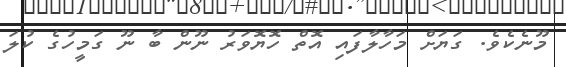
މޫނެކެވެ. ގަޔަށް މަހާލާފައި އޮތް ހޮޔޮވަރު ނޫން ބާ ނޫ ގަމީހުގެ ކުލަ